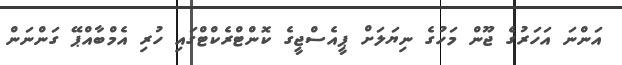
އަންނަ އަހަރުގެ ޖޫން މަހުގެ ނިޔަލަށް ޕީއެސްޖީގެ ކޮންޓްރެކްޓްގައި ހުރި އެމްބާއްޕޭ ގަންނަން